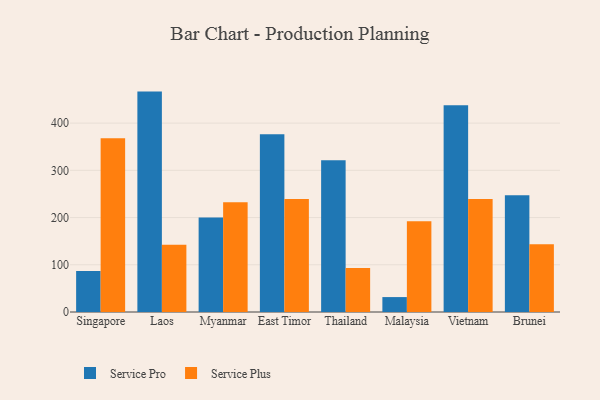
{"axis": {"x": "Country", "y": "Revenue (USD Million)"}, "legend": ["Service Plus", "Service Pro"], "data": [{"x": "Singapore", "y": 86.6, "type": "Service Pro"}, {"x": "Singapore", "y": 367.8, "type": "Service Plus"}, {"x": "Laos", "y": 466.7, "type": "Service Pro"}, {"x": "Laos", "y": 142.5, "type": "Service Plus"}, {"x": "Myanmar", "y": 200.2, "type": "Service Pro"}, {"x": "Myanmar", "y": 232.5, "type": "Service Plus"}, {"x": "East Timor", "y": 376.5, "type": "Service Pro"}, {"x": "East Timor", "y": 239.5, "type": "Service Plus"}, {"x": "Thailand", "y": 321.5, "type": "Service Pro"}, {"x": "Thailand", "y": 93.2, "type": "Service Plus"}, {"x": "Malaysia", "y": 31.6, "type": "Service Pro"}, {"x": "Malaysia", "y": 192.3, "type": "Service Plus"}, {"x": "Vietnam", "y": 437.8, "type": "Service Pro"}, {"x": "Vietnam", "y": 239.5, "type": "Service Plus"}, {"x": "Brunei", "y": 247.4, "type": "Service Pro"}, {"x": "Brunei", "y": 143.6, "type": "Service Plus"}]}